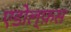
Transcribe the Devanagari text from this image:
एडोल्फ़स